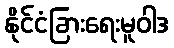
နိုင်ငံခြားရေးမူဝါဒ